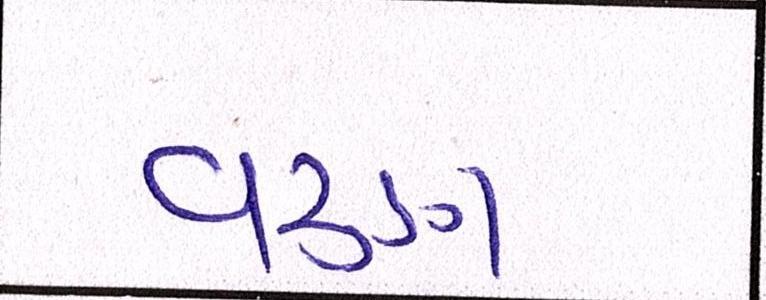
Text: વરૃણ